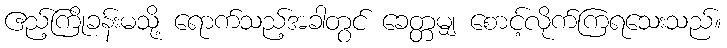
ဧည့်ကြိုခန်းမသို့ ရောက်သည့်အခါတွင် ခေတ္တမျှ စောင့်လိုက်ကြရသေးသည်။